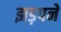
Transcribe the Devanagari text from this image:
झड़पने